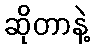
ဆိုတာနဲ့